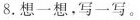
8.想一想，写一写